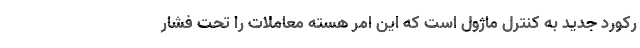
رکورد جدید به کنترل ماژول است که این امر هسته معاملات را تحت فشار